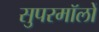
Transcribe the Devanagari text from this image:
सुपरमॉलों